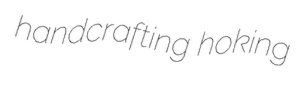
handcrafting hoking